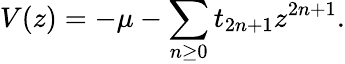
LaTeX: V(z)=-\mu-\sum_{n\ge 0}t_{2n+1}z^{2n+1}.